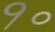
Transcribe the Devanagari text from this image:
१॰